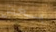
بعض